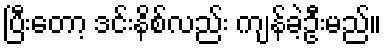
ပြီးတော့ ဒင်းနိစ်လည်း ကျန်ခဲ့ဦးမည်။